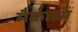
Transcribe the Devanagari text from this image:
मैकाडम